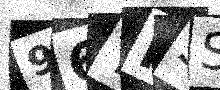
Text: 96TN5S